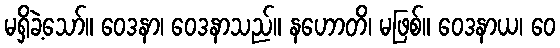
မရှိခဲ့သော်။ ဝေဒနာ၊ ဝေဒနာသည်။ နဟောတိ၊ မဖြစ်။ ဝေဒနာယ၊ ဝေ